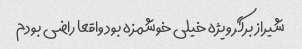
شیراز برگر ویژه خیلی خوشمزه بود واقعا راضی بودم